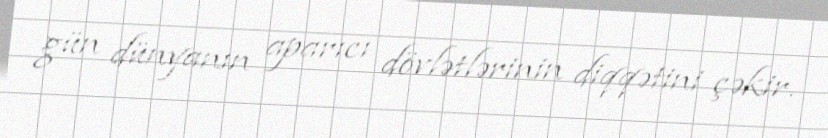
gün dünyanın aparıcı dövlətlərinin diqqətini çəkir.